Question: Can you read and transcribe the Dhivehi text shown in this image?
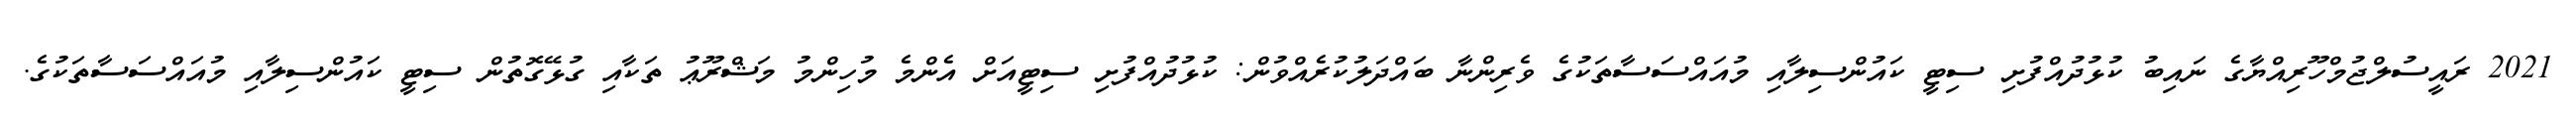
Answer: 2021 ރައީސުލްޖުމްހޫރިއްޔާގެ ނައިބު ކުޅުދުއްފުށި ސިޓީ ކައުންސިލާއި މުއައްސަސާތަކުގެ ވެރިންނާ ބައްދަލުކުރެއްވުން: ކުޅުދުއްފުށި ސިޓީއަށް އެންމެ މުހިންމު މަޝްރޫޢު ތަކާއި ގުޅޭގޮތުން ސިޓީ ކައުންސިލާއި މުއައްސަސާތަކުގެ.